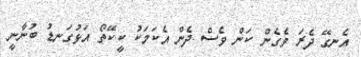
އެނގޭ ދެރަ ވެގެން ކަން ވެސް ދެން އެކަމަކު ކީކޭތޯ އަޅުގަނޑު ބުނާނީ